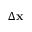
\Delta \mathbf { x }